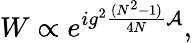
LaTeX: W\propto e^{ig^{2}{\frac{(N^{2}-1)}{4N}}{\cal A}},